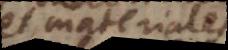
et materiales